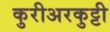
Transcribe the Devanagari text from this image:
कुरीअरकुट्टी